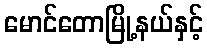
မောင်တောမြို့နယ်နှင့်